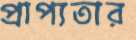
প্রাপ্যতার